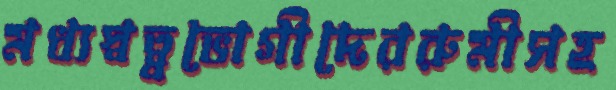
মধ্যস্বত্ব্বভোগীদেররুমীসহ